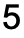
5